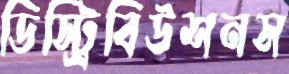
ডিস্ট্রিবিউশনস